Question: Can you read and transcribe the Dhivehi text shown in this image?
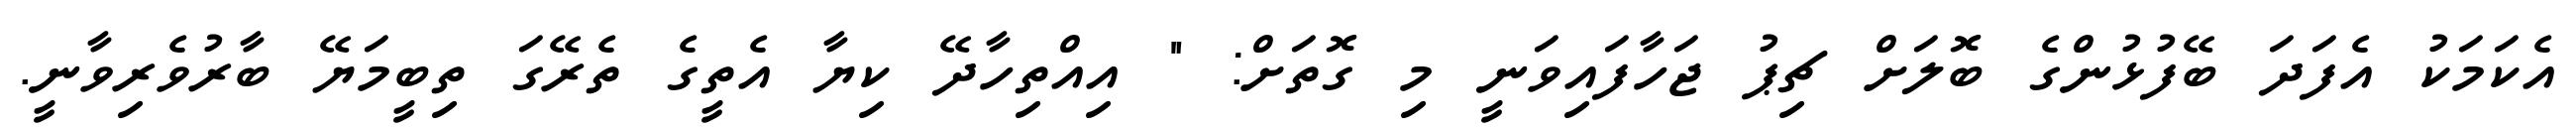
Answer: އެކަމަކު އެފަދަ ބޭފުޅުންގެ ބޮލަށް ޗިޕު ޖަހާފައިވަނީ މި ގޮތަށް: " އިއްތިހާދޭ ކިޔާ އެތީގެ ތެރޭގަ ތިބީމަޔޭ ބާރުވެރިވާނީ.